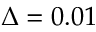
\Delta = 0 . 0 1